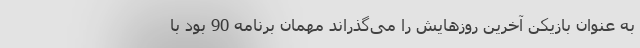
به عنوان بازیکن آخرین روزهایش را می‌گذراند مهمان برنامه 90 بود با